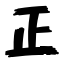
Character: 正